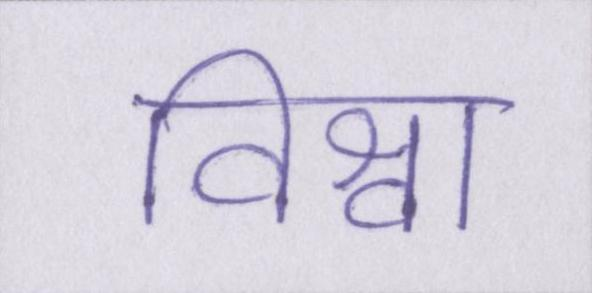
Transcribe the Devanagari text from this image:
विश्वा